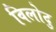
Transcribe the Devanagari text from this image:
विलोदु